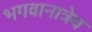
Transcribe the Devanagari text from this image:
भगवानात्रेय